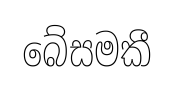
බේසමකී